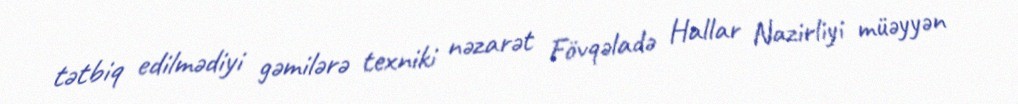
tətbiq edilmədiyi gəmilərə texniki nəzarət Fövqəladə Hallar Nazirliyi müəyyən